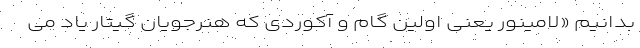
بدانیم «لامینور یعنی اولین گام و آکوردی که هنرجویان گیتار یاد می‌